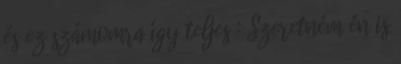
és ez számomra így teljes : Szeretném én is